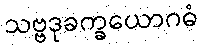
သဗ္ဗဒုခက္ခယောဂဓံ